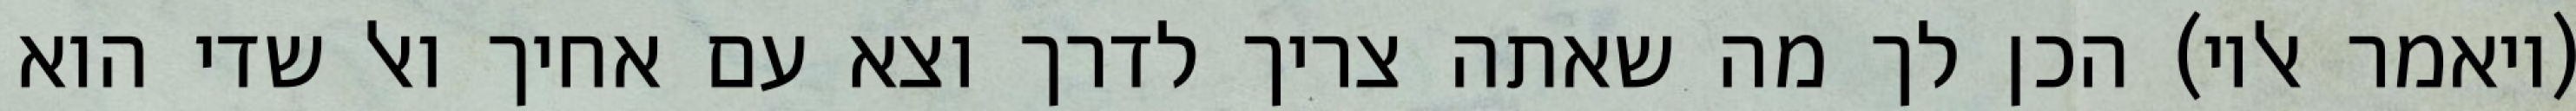
(ויאמר אליו) הכן לך מה שאתה צריך לדרך וצא עם אחיך ואל שדי הוא